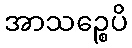
အာသဉ္စေပိ